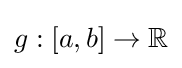
g:\left[a,b\right]\rightarrow \mathbb {R}